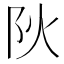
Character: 阦